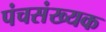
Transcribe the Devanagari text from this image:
पंचसंख्यक